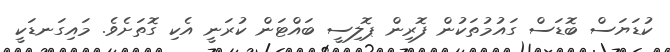
ކުޑަޔަސް ބޮޑަސް ގައުމުތަކުން ފޮރިން ޕޮލިސީ ބައްޓަން ކުރަނީ އެކި ގޮތަށެވެ. މައިގަނޑަކީ